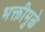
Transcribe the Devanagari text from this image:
भक्तीमुळे